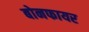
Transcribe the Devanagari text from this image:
बोनफायर